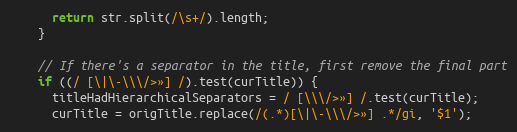
Language: JavaScript
      return str.split(/\s+/).length;
    }

    // If there's a separator in the title, first remove the final part
    if ((/ [\|\-\\\/>»] /).test(curTitle)) {
      titleHadHierarchicalSeparators = / [\\\/>»] /.test(curTitle);
      curTitle = origTitle.replace(/(.*)[\|\-\\\/>»] .*/gi, '$1');